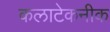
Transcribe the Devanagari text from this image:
कलाटेकनीक